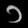
Digit: ၁